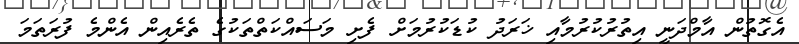
އެގޮތުން އާމްދަނީ އިތުރުކުރުމާއި ޚަރަދު ކުޑަކުރުމަށް ފެށި މަސައްކަތްތަކުގެ ތެރެއިން އެންމެ ފުރަތަމަ